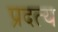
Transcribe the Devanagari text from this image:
प्रदत्य